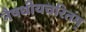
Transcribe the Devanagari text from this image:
नैषधीयचरितम्‌